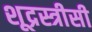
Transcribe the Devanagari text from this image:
शूद्रस्त्रीसी